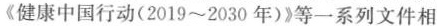
《健康中国行动(2019~2030年)》等一系列文件相